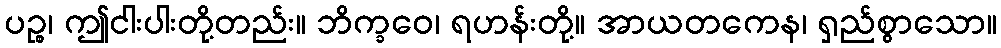
ပဉ္စ၊ ဤငါးပါးတို့တည်း။ ဘိက္ခဝေ၊ ရဟန်းတို့။ အာယတကေန၊ ရှည်စွာသော။